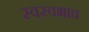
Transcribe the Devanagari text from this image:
स्वस्वभाव